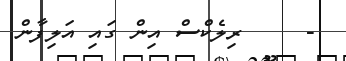
-     ރިލެކްސް އިން ގައި އަލިފާން